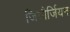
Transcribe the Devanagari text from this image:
जियौर्जियन